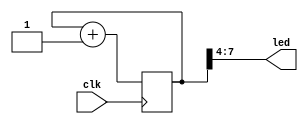
module top(
    (* clkbuf_inhibit *)
    input  wire       clk,
    output wire [3:0] led
);

    reg [7:0] cnt;
    initial cnt <= 0;

    always @(posedge clk)
        cnt <= cnt + 1;

    assign led = cnt[7:4];

endmodule